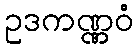
ဥဒကဏ္ဏဝံ